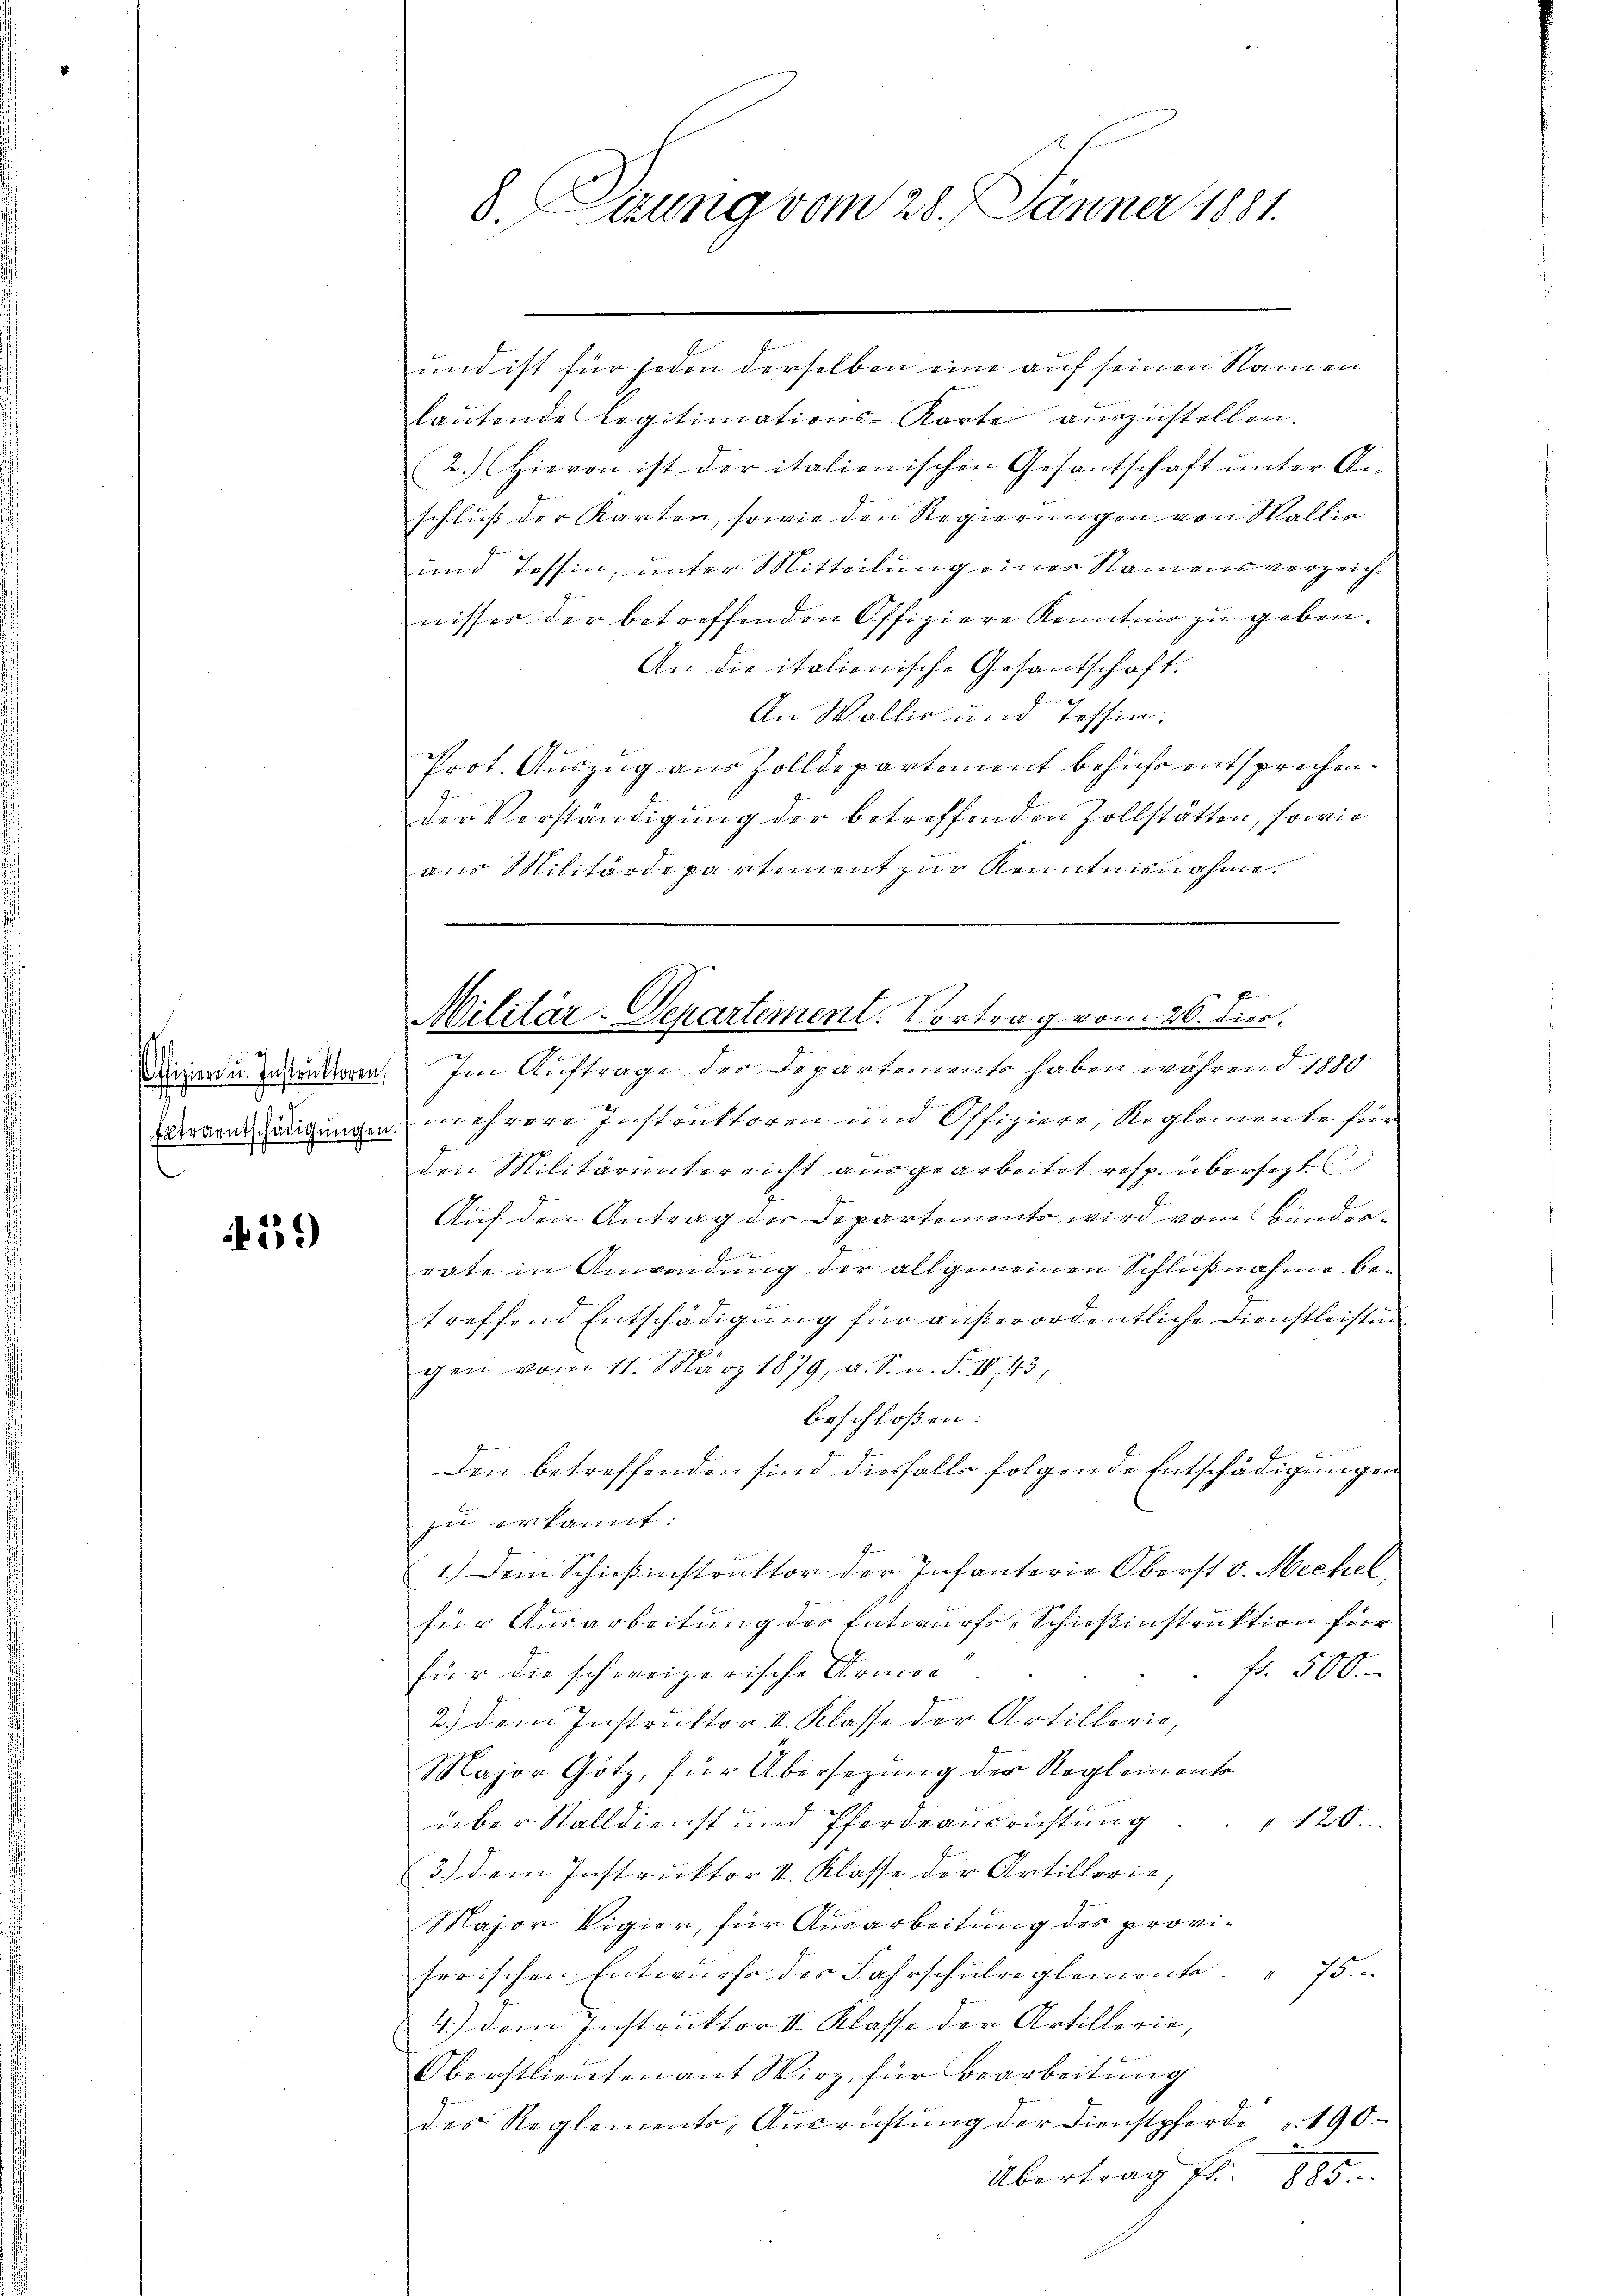
Offizien u. Instruktoren,
Extraentschädigŭngen

539)

8. Zurig vom 28. Jänner 1881.

Militär-Departement. Vortrag vom 26. dies

und ist für jeden derselben eine auf seinen Namen
laŭtende Legitimations-Kartei aŭszŭstellen.
2.) Hievon ist der italionischen Gesantschaft unter An-
schluß der Karten, sowie den Regierungen von Wallie
und Tessin, unter Mitteilung einer Namensverzeichnisses der betreffenden Offiziere Kenntnis zu geben.
An die italienische Gesandschaft.
An Wallis und Tessin.
Prot. Auszug aus Zolldepartement behufe entsprechen.
der Verständigung der betreffenden Zollstätten, sowie
aus Militärdepartement zur Kenntnisnahme

Im Auftrage der Departements haben während 1880
mehrere Instruktoren und Offiziere, Reglemente für
den Militärunterricht ausgearbeitet resp. übersetzt
Auf den Antrag der Departements wird vom Banderrate in Anwendung der allgemeinen Schlußnahme betreffend Entschädigung für außerordentliche Dienstleisten
gen vom 11. März 1879, a. S. n. F. II., 43,
beschloßen:
Den betreffenden sind diesfalls folgende Entschädigungen
zu erkannt.
1.) Dem Schießinstruktor der Infanterie Oberst v. Meckel
für Ausarbeitung der Entwurfe, Schießinstruktion für
fr. 500.
für die schweizerische Armen
2.) Dem Instruktor II. Klasse der Artillerie,
Major Götz, für Übersezung der Reglemento
über Stalldienst und Pferdeausrichtung
" 120.
3.) dem Instruktor II. Klasse der Artillerie,
Major vigier, für Ausarbeitung des provisorischen Entwurfe des Fahrschulreglemente. " 75.
4.) Dem Instruktor II. Klasse der Artillerie,
Oberstlieutenant Wirz, für Bearbeitung
des Reglements, Aŭsrichtŭng der Dienstpferde 190.
Übertrag fl.
175